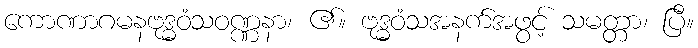
ကောဏာဂမနဗုဒ္ဓဝံသဝဏ္ဏနာ၊ ၏။ ဗုဒ္ဓဝံသအနက်အဖွင့် သမတ္တာ၊ ပြီ။